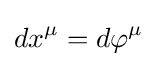
dx^{\mu }=d\varphi ^{\mu }